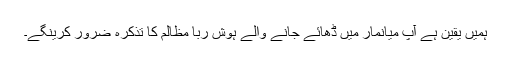
ہمیں یقین ہے آپ میانمار میں ڈھائے جانے والے ہوش ربا مظالم کا تذکرہ ضرور کرینگے۔